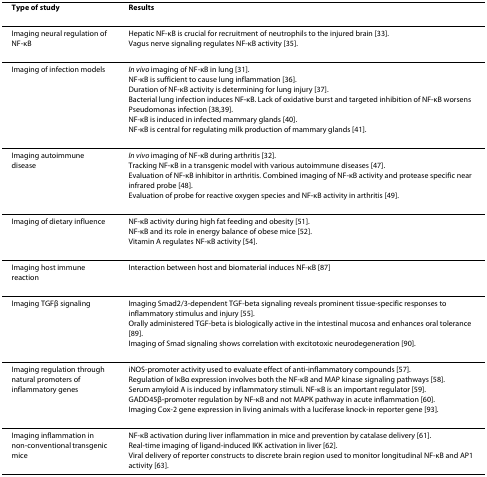
| Type of study | Results |
 | --- | --- |
 | Imaging neural regulation of NF-κB | Hepatic NF-κB is crucial for recruitment of neutrophils to the injured brain [33].Vagus nerve signaling regulates NF-κB activity [35]. |
 | Imaging of infection models | In vivo imaging of NF-κB in lung [31].NF-κB is sufficient to cause lung inflammation [36].Duration of NF-κB activity is determining for lung injury [37].Bacterial lung infection induces NF-κB. Lack of oxidative burst and targeted inhibition of NF-κB worsens Pseudomonas infection [38,39].NF-κB is induced in infected mammary glands [40].NF-κB is central for regulating milk production of mammary glands [41]. |
 | Imaging autoimmune disease | In vivo imaging of NF-κB during arthritis [32].Tracking NF-κB in a transgenic model with various autoimmune diseases [47].Evaluation of NF-κB inhibitor in arthritis. Combined imaging of NF-κB activity and protease specific near infrared probe [48].Evaluation of probe for reactive oxygen species and NF-κB activity in arthritis [49]. |
 | Imaging of dietary influence | NF-κB activity during high fat feeding and obesity [51].NF-κB and its role in energy balance of obese mice [52].Vitamin A regulates NF-κB activity [54]. |
 | Imaging host immune reaction | Interaction between host and biomaterial induces NF-κB [87] |
 | Imaging TGFβ signaling | Imaging Smad2/3-dependent TGF-beta signaling reveals prominent tissue-specific responses to inflammatory stimulus and injury [55].Orally administered TGF-beta is biologically active in the intestinal mucosa and enhances oral tolerance [89].Imaging of Smad signaling shows correlation with excitotoxic neurodegeneration [90]. |
 | Imaging regulation through natural promoters of inflammatory genes | iNOS-promoter activity used to evaluate effect of anti-inflammatory compounds [57].Regulation of IκBα expression involves both the NF-κB and MAP kinase signaling pathways [58].Serum amyloid A is induced by inflammatory stimuli. NF-κB is an important regulator [59].GADD45β-promoter regulation by NF-κB and not MAPK pathway in acute inflammation [60].Imaging Cox-2 gene expression in living animals with a luciferase knock-in reporter gene [93]. |
 | Imaging inflammation in non-conventional transgenic mice | NF-κB activation during liver inflammation in mice and prevention by catalase delivery [61].Real-time imaging of ligand-induced IKK activation in liver [62].Viral delivery of reporter constructs to discrete brain region used to monitor longitudinal NF-κB and AP1 activity [63]. |